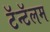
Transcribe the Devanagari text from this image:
टॅन्टॅलम